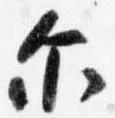
示